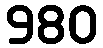
980